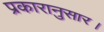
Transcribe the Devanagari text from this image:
प्रकारानुसार।